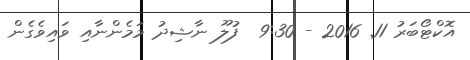
އޮކްޓޯބަރު 11